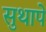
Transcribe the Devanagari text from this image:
सुथापे